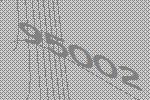
95002